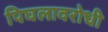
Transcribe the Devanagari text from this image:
पिघलावरोधी